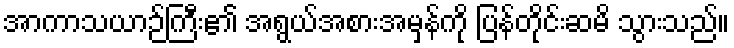
အာကာသယာဉ်ကြီး၏ အရွယ်အစားအမှန်ကို ပြန်တိုင်းဆမိ သွားသည်။